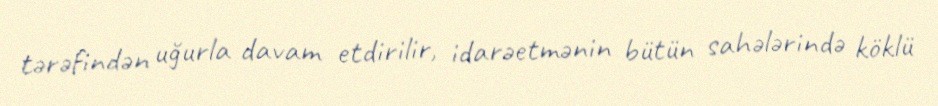
tərəfindən uğurla davam etdirilir, idarəetmənin bütün sahələrində köklü